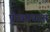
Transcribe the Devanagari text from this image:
पॅरव्हायरस